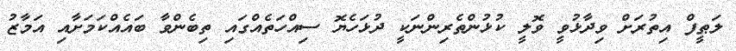
ލަޠީފް އިތުރަށް ވިދާޅުވީ ވޮލީ ކުޅުންތެރިންނަކީ ދުޅަހެޔޮ ސިއްހަތެއްގައި ތިބެންވާ ބައެއްކަމަށާއި އަމާޒު